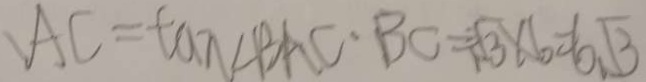
A C = \tan \angle B A C \cdot B C = \sqrt { 3 } \times 6 = 6 \sqrt { 3 }